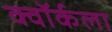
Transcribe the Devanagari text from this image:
क्वॉर्कला